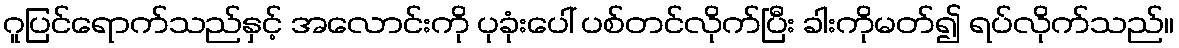
ဂူပြင်ရောက်သည်နှင့် အလောင်းကို ပုခုံးပေါ် ပစ်တင်လိုက်ပြီး ခါးကိုမတ်၍ ရပ်လိုက်သည်။